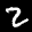
Label: 2